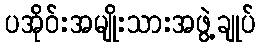
ပအိုဝ်းအမျိုးသားအဖွဲ့ချုပ်